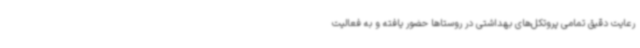
رعایت دقیق تمامی پروتکل‌های بهداشتی در روستاها حضور یافته و به فعالیت